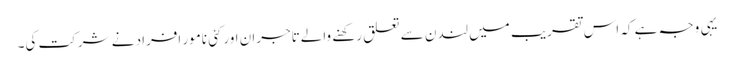
یہی وجہ ہے کہ اس تقریب میں لندن سے تعلق رکھنے والےتاجران اورکئی نامور افراد نے شرکت کی۔